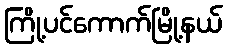
ကြို့ပင်ကောက်မြို့နယ်